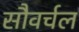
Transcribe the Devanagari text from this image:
सौवर्चल